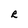
Character: R